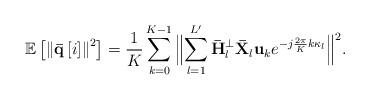
LaTeX: \begin{align*} {\mathbb E}\left[ {{{\left\| {{\bf{\bar q}}\left[i \right]} \right\|}^2}} \right] = \frac{1}{K}\sum\limits_{k = 0}^{K - 1} {{{\Big\| {\sum\limits_{{l} = 1}^{L'} {{{\bf{\bar H}}_{l}^ \bot {\bf{\bar X}}_{l} }{{\bf{u}}_k}{e^{ - j\frac{{2\pi }}{{K}}k{\kappa _{l}}}}} } \Big\|^2}}}. \end{align*}